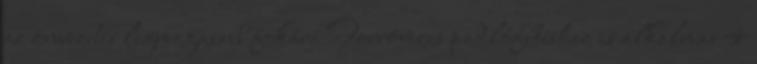
az önvezetés legmagasabb fokára Forróvizes padlófűtéshez is alkalmas 4